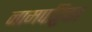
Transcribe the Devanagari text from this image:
नामपट्टिका